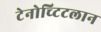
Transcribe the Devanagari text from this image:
टेनोच्टिटलान